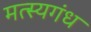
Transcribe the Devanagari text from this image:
मत्स्यगंध